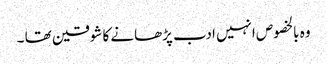
وہ بالخصوص انہیں ادب پڑھانے کا شوقین تھا ۔